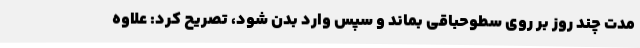
مدت چند روز بر روی سطوحباقی بماند و سپس وارد بدن شود، تصریح کرد: علاوه